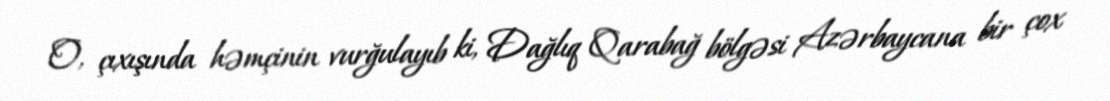
O, çıxışında həmçinin vurğulayıb ki, Dağlıq Qarabağ bölgəsi Azərbaycana bir çox